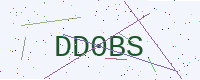
Text: DD0BS